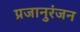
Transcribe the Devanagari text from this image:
प्रजानुरंजन